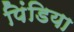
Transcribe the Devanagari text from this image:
पिंडिया